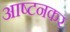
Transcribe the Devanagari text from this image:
आष्टनकर